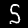
Label: 5